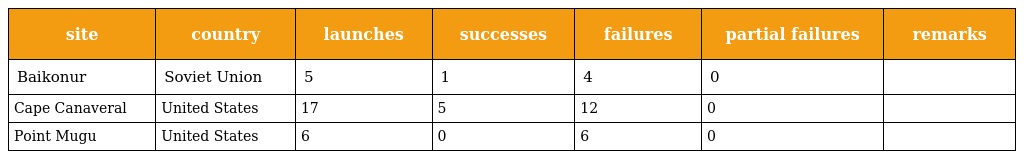
| site | country | launches | successes | failures | partial failures | remarks |
 | --- | --- | --- | --- | --- | --- | --- |
 | Baikonur | Soviet Union | 5 | 1 | 4 | 0 |  |
 | Cape Canaveral | United States | 17 | 5 | 12 | 0 |  |
 | Point Mugu | United States | 6 | 0 | 6 | 0 |  |